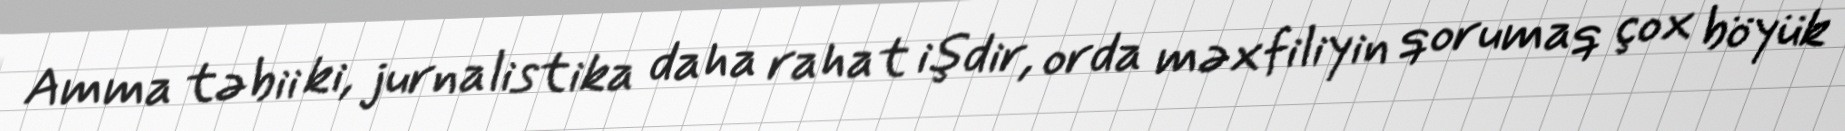
Amma təbii ki, jurnalistika daha rahat işdir, orda məxfiliyin qorumaq çox böyük